Civil Veterinary Department. Madras. Admin. report 1910-25 - 1910-1925
Year: 1910
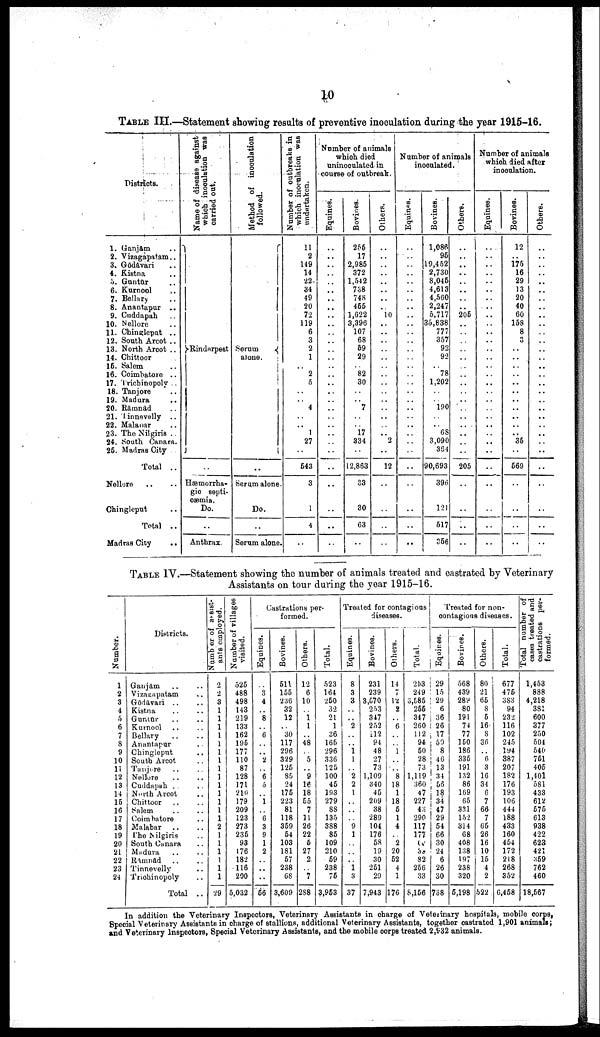
10
TABLE III.—Statement showing results of preventive inoculation during the year 1915-16.
Districts.
1. Ganjam ..
2. Vizagapatam ..
3. Gōdāvari ..
4. Kistna ..
5. Gantūr ..
6. Kurnool ..
7. Bellary ..
8. Anantapur ..
9. Cuddapah ..
10. Nellore ..
11. Chingleput ..
12. South Arcot ..
13. North Arcot ..
14. Chittoor
16. Salem ..
16. Coimbatore ..
17. Trichinopoly ..
18. Tanjore ..
19. Madura ..
20. Rāmnād ..
21. Tinnevelly ..
22. Malabar ..
23. The Nilgiris ..
24. South Canara.
25. Madras City
Total ..
Nellore .. ..
Ohingleput ..
Total ..
Madras City
..
Name of disease against
which inoculation was
carried out.
Rinderpest
..
Hæmorrha-
gic septi
cæmia.
Do.
..
Anthrax.
Method of inoculation
followed.
Serum
alone.
..
Serum alone.
Do.
..
Serum alone.
Number of outbreaks in
which inoculation was
undertaken.
11
2
149
14
22
34
49
20
72
119
6
3
2
1
..
2
5
..
..
4
..
..
1
27
..
543
3
1
4
..
Number of animals
which died
uninoculated in
course of outbreak.
Equines.
..
..
..
..
..
..
..
..
..
..
..
..
..
..
..
..
..
..
..
..
..
..
..
..
..
..
..
..
..
..
Bovines.
255
17
2,985
372
1,542
738
748
455
1,622
3,396
107
68
59
29
..
82
30
..
..
7
..
..
17
334
..
12,863
33
30
63
..
Others.
..
..
..
..
..
..
..
..
10
..
..
..
..
..
..
..
..
..
..
..
..
..
..
2
..
12
..
..
..
..
Number of animals
inoculated.
Equines.
..
..
..
..
..
..
..
..
..
..
..
..
..
..
..
..
..
..
..
..
..
..
..
..
..
..
..
..
..
..
Bovines.
1,086
95
19,452
2,730
8,045
4,613
4,560
2,247
5,717
35,838
777
357
92
92
..
78
1,202
..
..
190
..
..
68
3,090
364
90,693
396
121
517
356
Others.
..
..
..
..
..
..
..
..
205
..
..
..
..
..
..
..
..
..
..
..
..
..
..
..
..
205
..
..
..
..
Number of animals
which died after
inoculation.
Equines.
..
..
..
..
..
..
..
..
..
..
..
..
..
..
..
..
..
..
..
..
..
..
..
..
..
..
..
..
..
..
Bovines.
12
..
175
16
29
13
20
40
60
158
8
3
..
..
..
..
..
..
..
..
..
..
..
35
..
569
..
..
..
..
Others.
..
..
..
..
..
..
..
..
..
..
..
..
..
..
..
..
..
..
..
..
..
..
..
..
..
..
..
..
..
..
TABLE IV.—Statement showing the number of animals treated and castrated by Veterinary
Assistants on tour during the year 1915-16.
Numbe r
.
1
2
3
4
5
6
7
8
9
10
11
12
13
14
15
16
17
18
19
20
21
22
23
24
Districts.
Ganjâm .. ..
Vizagapatam ..
Gōdāvari .. ..
Kistna .. ..
Guntūr .. ..
Kurnool .. ..
Bellary .. ..
Anantapur ..
Chingleput ..
South Arcot ..
Tunjore .. ..
Nellore .. ..
Cuddapah .. ..
North Arcot ..
Chittoor .. ..
Salem .. ..
Coimbatore ..
Malabar .. ..
The Nilgiris ..
South Cunara ..
Madura .. ..
Rāmnād .. ..
Tinnevelly ..
Trichinopoly ..
Total ..
Number of assist
ants employed.
2
2
3
1
1
1
1
1
1
1
1
1
1
1
1
1
1
2
1
1
1
1
1
1
29
Number of villages
visited.
525
488
498
143
219
133
162
195
177
110
87
128
171
210
179
209
223
273
235
93
176
182
116
290
5,032
Castrations per
formed.
Equines.
..
3
4
..
8
..
6
..
..
2
..
6
5
..
1
..
6
3
9
1
2
..
..
..
56
Bovines.
511
155
236
32
12
..
30
117
296
329
125
85
24
175
223
81
118
359
54
103
181
57
238
68
3,609
Others.
12
6
10
..
1
1
..
48
..
5
..
9
16
18
55
7
11
26
22
5
27
2
..
7
288
Total.
523
164
250
32
21
1
36
165
296
336
125
100
45
193
279
88
135
388
85
109
210
59
238
75
3,953
Treated for contagious
diseases.
Equines.
8
3
3
..
..
2
..
..
1
1
..
2
2
1
..
..
..
9
1
..
..
..
1
3
37
Bovines.
231
239
3,570
253
347
252
112
94
48
27
73
1,109
340
45
209
38
289
104
176
58
19
30
251
29
7,943
Others.
14
7
12
2
..
6
..
..
1
..
..
8
18
1
18
5
1
4
..
2
20
52
4
1
176
Total.
253
249
3,585
255
347
260
112
94
50
28
73
1,119
360
47
227
43
290
117
177
10
33
82
256
33
8,156
Treated for non
contagious diseases.
Equines.
29
15
29
6
36
26
17
59
8
46
13
34
56
18
34
47
29
54
66
30
24
6
26
30
738
Bovines.
568
439
289
80
191
74
77
150
186
335
191
132
86
169
65
331
152
314
68
408
138
197
238
320
5,198
Others.
80
21
65
8
5
16
8
36
..
6
3
16
34
6
7
66
7
65
26
16
10
15
4
2
522
Total.
677
475
383
94
232
116
102
245
194
387
207
182
176
193
106
444
188
433
160
454
172
218
268
352
6,458
Total number of
cases treated and
castrations per
formed.
1,453
888
4,218
381
600
377
250
504
540
751
405
1,401
581
433
612
576
613
938
422
623
421
359
762
460
18,567
In addition the Veterinary Inspectors, Veterinary Assistants in charge of Veterinary hospitals, mobile corps,
Special Veterinary Assistants in charge of stallions, additional Veterinary Assistants, together castrated 1,901 animals;
and Veterinary Inspectors, Special Veterinary Assistants, and the mobile corpe treated 2,932 animals.